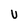
Character: U